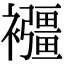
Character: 𧟂